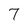
Character: 7